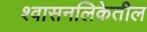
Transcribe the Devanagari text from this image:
श्वासनलिकेतील